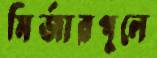
মির্জারপুলে